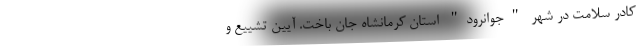
کادر سلامت در شهر "جوانرود" استان کرمانشاه جان باخت. آیین تشییع و